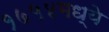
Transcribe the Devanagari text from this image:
१७५४मध्ये